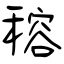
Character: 穃